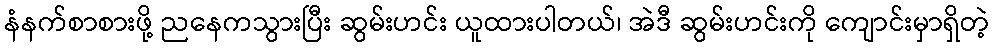
နံနက်စာစားဖို့ ညနေကသွားပြီး ဆွမ်းဟင်း ယူထားပါတယ်၊ အဲဒီ ဆွမ်းဟင်းကို ကျောင်းမှာရှိတဲ့